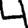
Digit: 4